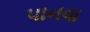
પાનવા